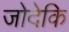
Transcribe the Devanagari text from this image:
जोदेकि